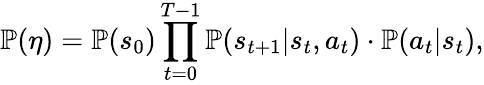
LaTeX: \mathbb P(\eta)=\mathbb P(s_{0})\prod_{t=0}^{T-1}\mathbb P(s_{t+1}\vert s_{t},a_{t})\cdot\mathbb P(a_{t}\vert s_{t}),